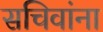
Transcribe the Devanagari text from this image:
सचिवांना